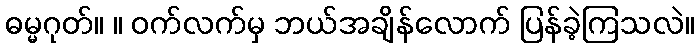
ဓမ္မဂုတ်။ ။ ဝက်လက်မှ ဘယ်အချိန်လောက် ပြန်ခဲ့ကြသလဲ။